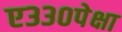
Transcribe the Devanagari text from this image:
ए३३०पेक्षा